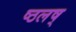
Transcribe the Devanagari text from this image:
ष्ठलष्